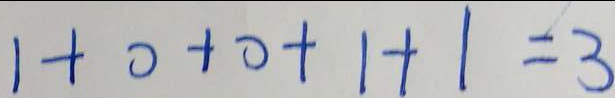
1 + 0 + 0 + 1 + 1 = 3